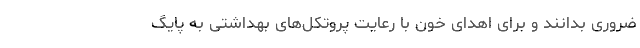
ضروری بدانند و برای اهدای خون با رعایت پروتکل‌های بهداشتی به پایگ